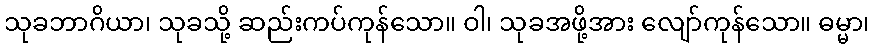
သုခဘာဂိယာ၊ သုခသို့ ဆည်းကပ်ကုန်သော။ ဝါ၊ သုခအဖို့အား လျော်ကုန်သော။ ဓမ္မာ၊